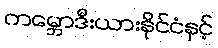
ကမ္ဘောဒီးယားနိုင်ငံနှင့်